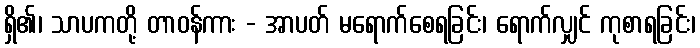
ရှိ၏၊ သာပကတို့ တာဝန်ကား - အာပတ် မရောက်စေရခြင်း၊ ရောက်လျှင် ကုစာရခြင်း၊